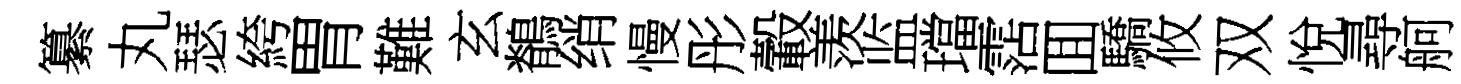
纂丸瑟絝胃難玄鶺绡慢彤轂羡监璫霑囬驕攸双悅尋舸